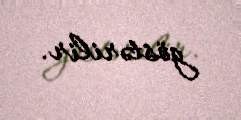
göstərilir.